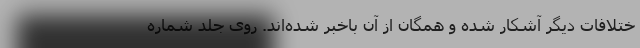
ختلافات دیگر آشکار شده و همگان از آن باخبر شده‌اند. روی جلد شماره